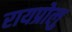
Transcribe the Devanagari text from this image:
रायप्रोलु